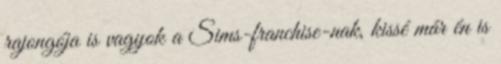
rajongója is vagyok a Sims-franchise-nak, kissé már én is